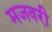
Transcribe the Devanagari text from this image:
मजवरी